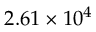
2 . 6 1 \times 1 0 ^ { 4 }